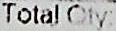
TOTAL QTY: